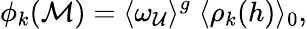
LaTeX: \phi_{k}({\cal M})=\langle\omega_{\cal U}\rangle^{g}\; \langle\rho_{k}(h)\rangle_{0}\mathrm{,}